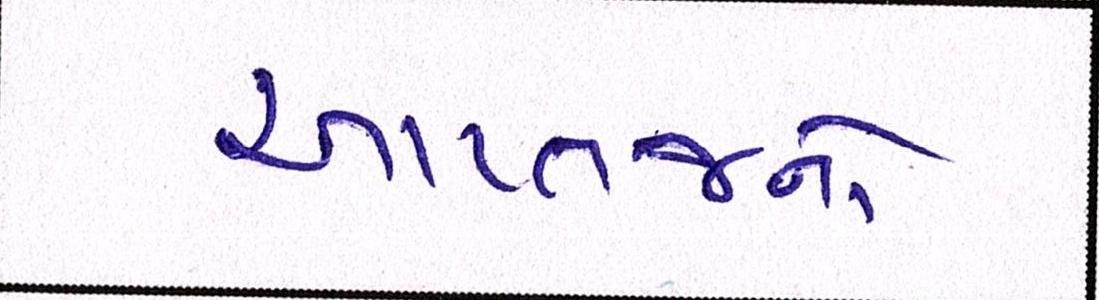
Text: આપ્તજનો